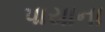
પાયાના